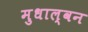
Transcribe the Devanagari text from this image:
मुधाल्वन